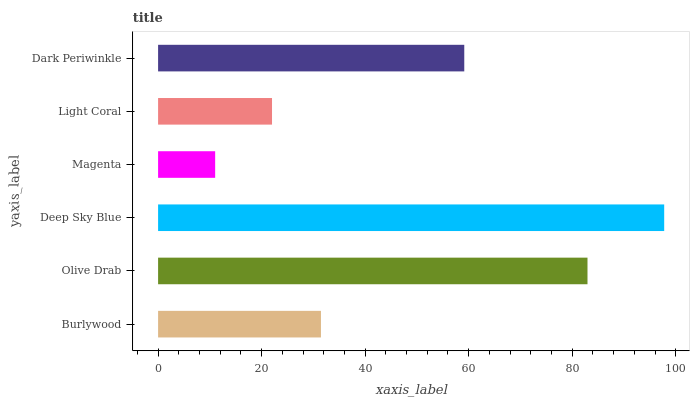
| yaxis_label | bars |
 | --- | --- |
 | Burlywood | 31.5 |
 | Olive Drab | 82.9 |
 | Deep Sky Blue | 97.8 |
 | Magenta | 11 |
 | Light Coral | 22 |
 | Dark Periwinkle | 59.1 |